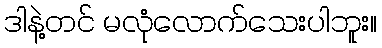
ဒါနဲ့တင် မလုံလောက်သေးပါဘူး။